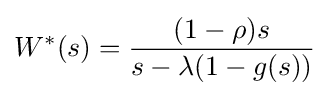
W^{\ast }(s)={\frac {(1-\rho )s}{s-\lambda (1-g(s))}}